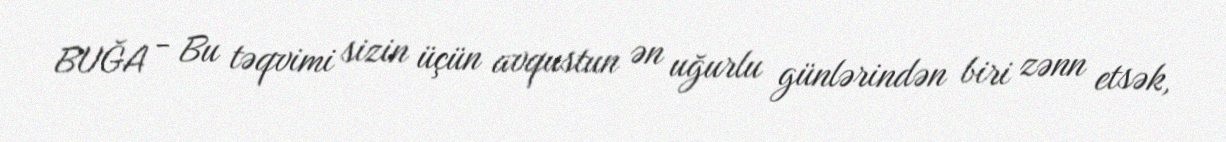
BUĞA - Bu təqvimi sizin üçün avqustun ən uğurlu günlərindən biri zənn etsək,